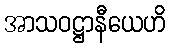
အာသဝဋ္ဌာနီယေဟိ